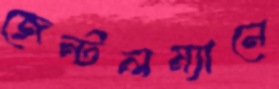
জেন্টলম্যানে